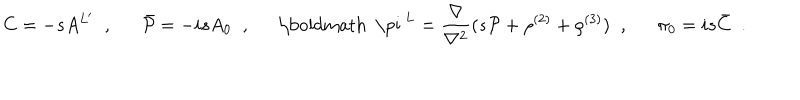
C = - s A ^ { L ^ { \prime } } \; \; , \; \; \hspace { 1 e m } \bar { { \cal P } } = - i s A _ { 0 } \; \; , \; \; \hspace { 1 e m } \mathrm { \boldmath ~ \ p i ~ } ^ { L } = \frac { \nabla } { \nabla ^ { 2 } } ( s { \cal P } + \rho ^ { ( 2 ) } + \rho ^ { ( 3 ) } ) \; \; , \; \; \hspace { 1 e m } \pi _ { 0 } = i s \bar { C } \; \; .